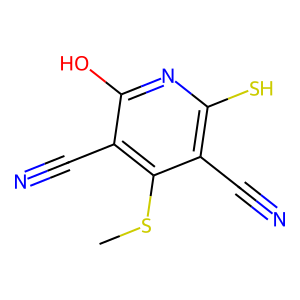
SMILES: CSc1c(C#N)c(O)nc(S)c1C#N
Inhibits HIV replication: No